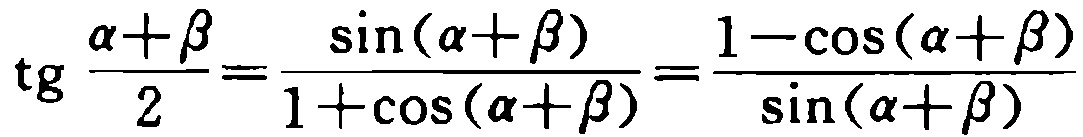
\(\operatorname{tg} \frac{\alpha+\beta}{2}=\frac{\sin(\alpha + \beta)}{1+\cos(\alpha + \beta)}=\frac{1-\cos(\alpha + \beta)}{\sin(\alpha + \beta)}\)